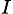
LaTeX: _{I}